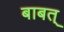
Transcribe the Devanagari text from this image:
बाबत्